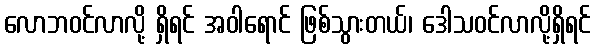
လောဘဝင်လာလို့ ရှိရင် အဝါရောင် ဖြစ်သွားတယ်၊ ဒေါသဝင်လာလို့ရှိရင်